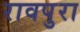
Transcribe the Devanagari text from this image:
रावपुरा